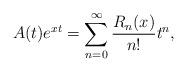
LaTeX: \begin{align*}A(t)e^{xt}=\sum_{n=0}^\infty\frac{R_n(x)}{n!}t^n,\end{align*}